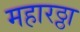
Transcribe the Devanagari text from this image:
महारठ्ठा